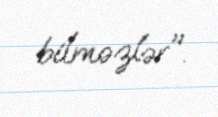
bilməzlər".